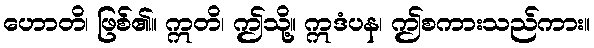
ဟောတိ၊ ဖြစ်၏။ ဣတိ၊ ဤသို့။ ဣဒံပန၊ ဤစကားသည်ကား။